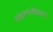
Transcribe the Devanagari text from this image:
संकल्पनेशिवाय